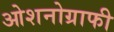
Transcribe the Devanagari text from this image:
ओशनोग्राफी